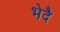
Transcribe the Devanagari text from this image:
भेदै